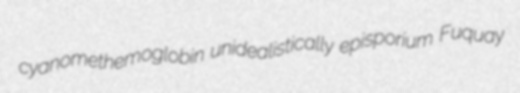
cyanomethemoglobin unidealistically episporium Fuquay